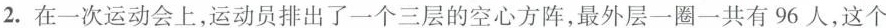
2.在一次运动会上，运动员排出了一个三层的空心方阵，最外层一圈一共有96人，这个